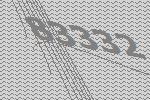
83332